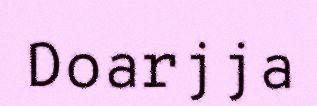
Doarjja